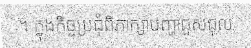
។ ក្នុងកិច្ចប្រជុំពិភាក្សាបញ្ហាជួសជុល